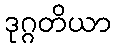
ဒုဂ္ဂတိယာ